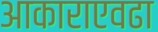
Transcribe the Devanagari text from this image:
आकाराएवढा